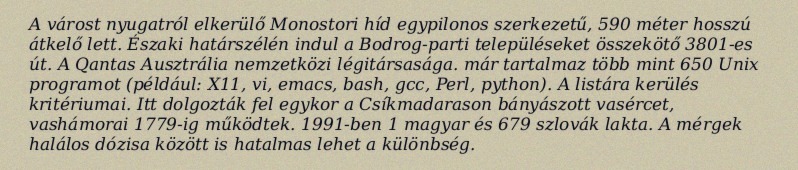
A várost nyugatról elkerülő Monostori híd egypilonos szerkezetű, 590 méter hosszú átkelő lett. Északi határszélén indul a Bodrog-parti településeket összekötő 3801-es út. A Qantas Ausztrália nemzetközi légitársasága. már tartalmaz több mint 650 Unix programot (például: X11, vi, emacs, bash, gcc, Perl, python). A listára kerülés kritériumai. Itt dolgozták fel egykor a Csíkmadarason bányászott vasércet, vashámorai 1779-ig működtek. 1991-ben 1 magyar és 679 szlovák lakta. A mérgek halálos dózisa között is hatalmas lehet a különbség.